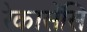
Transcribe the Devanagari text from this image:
रेकासेंसि